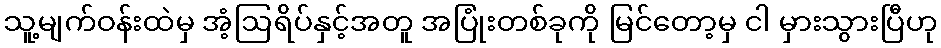
သူ့မျက်ဝန်းထဲမှ အံ့ဩရိပ်နှင့်အတူ အပြုံးတစ်ခုကို မြင်တော့မှ ငါ မှားသွားပြီဟု